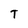
Character: T